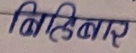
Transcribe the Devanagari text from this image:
बिलिबार